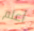
أعلم